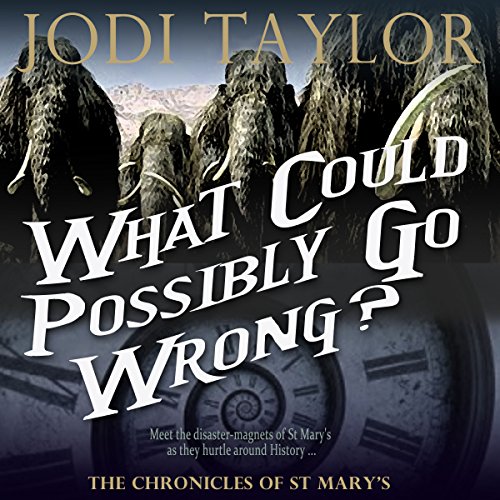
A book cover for What Could Possibly Go Wrong?: The Chronicles of St. Mary, Book 6; Jodi Taylor; Science Fiction & Fantasy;